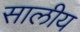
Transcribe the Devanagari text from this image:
सालीय